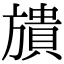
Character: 𣄜